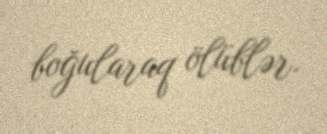
boğularaq ölüblər.